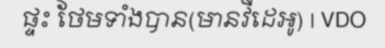
ផ្ទះ ថែមទាំងបាន(មានវីដេអូ) | VDO